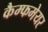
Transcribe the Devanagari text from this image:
कैम्फमेयर